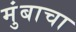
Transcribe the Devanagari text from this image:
मुंबाचा